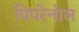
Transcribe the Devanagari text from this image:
पिपरेनोल